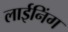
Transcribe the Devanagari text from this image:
लाईनिंग